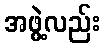
အဖွဲ့လည်း